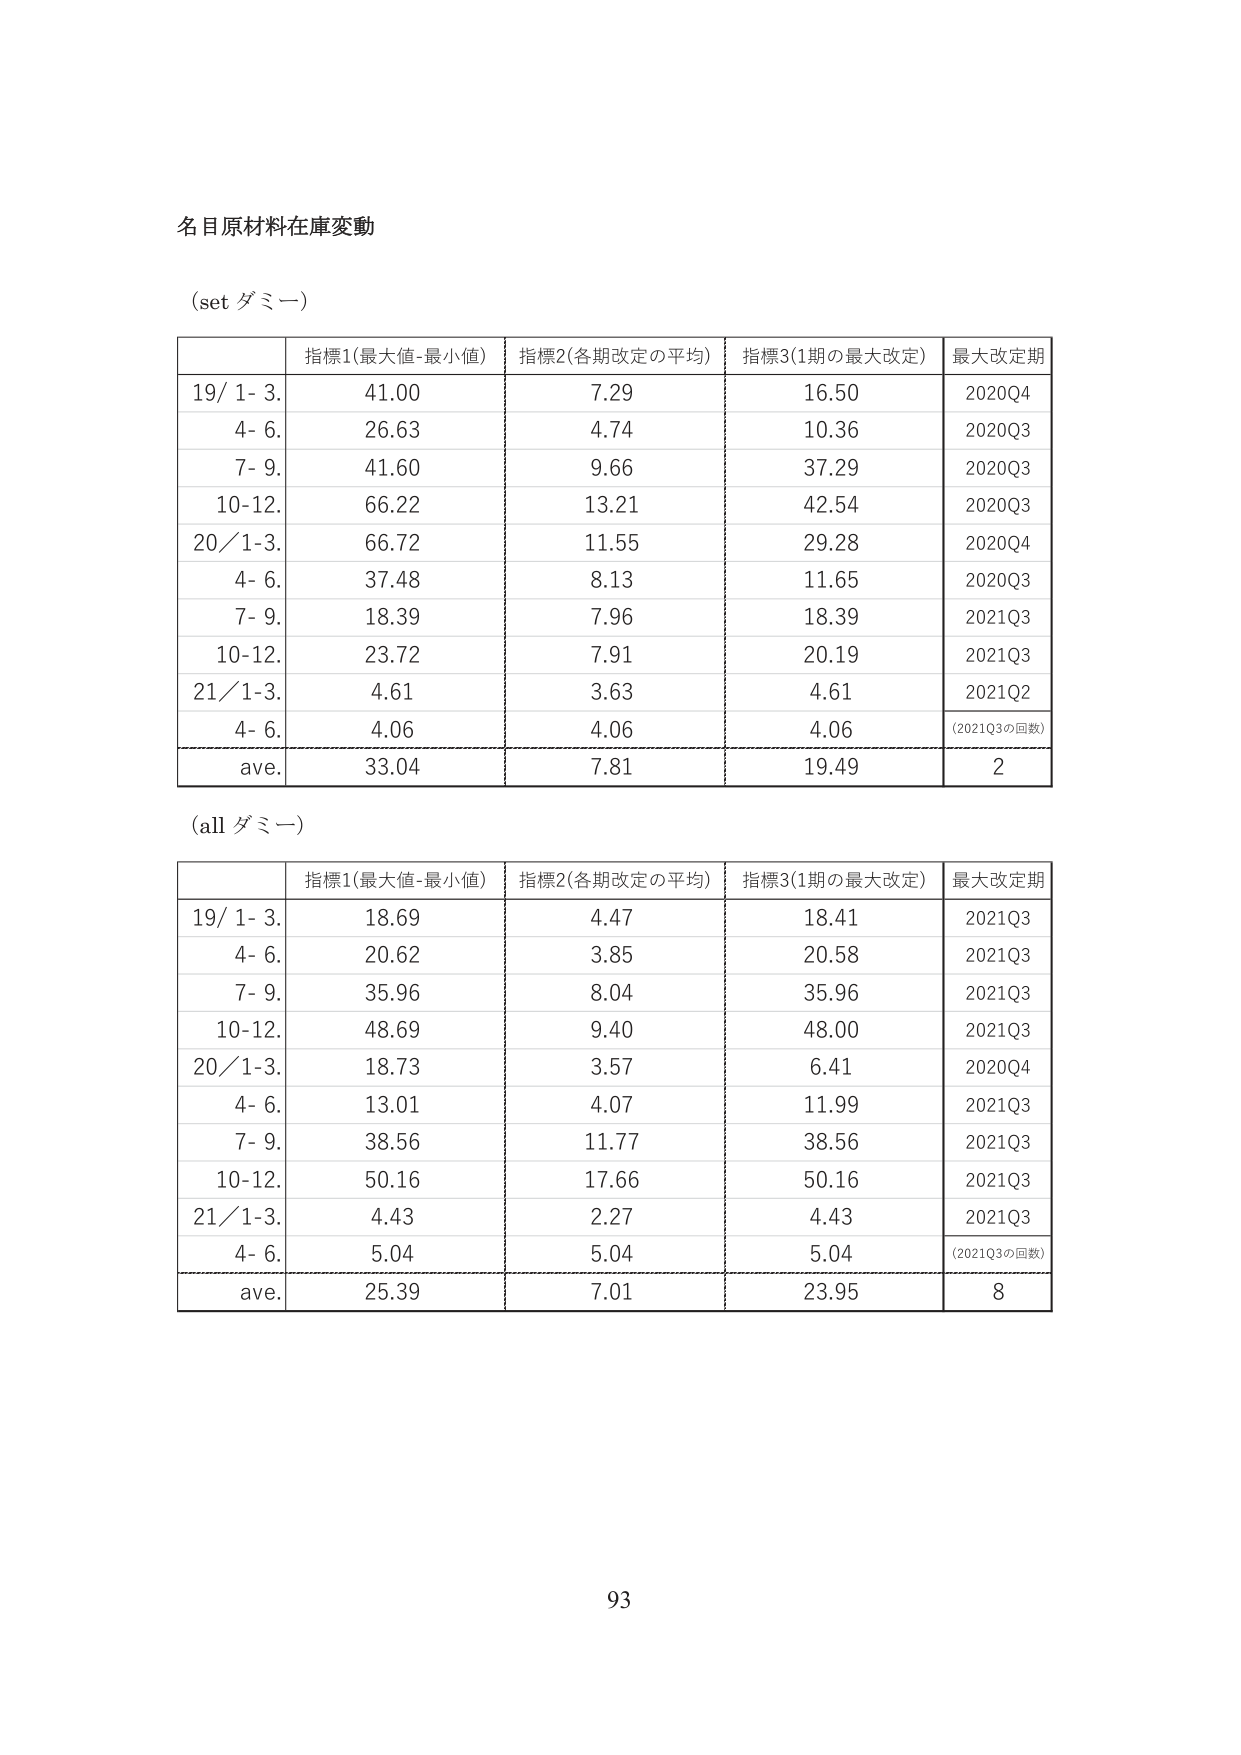
名目原材料在庫変動

(set ダミー)

| | 指標1(最大値-最小値) | 指標2(各期改定の平均) | 指標3(1期の最大改定) | 最大改定期 |
|---|---|---|---|---|
| 19/ 1- 3. | 41.00 | 7.29 | 16.50 | 2020Q4 |
| 4- 6. | 26.63 | 4.74 | 10.36 | 2020Q3 |
| 7- 9. | 41.60 | 9.66 | 37.29 | 2020Q3 |
| 10-12. | 66.22 | 13.21 | 42.54 | 2020Q3 |
| 20/ 1-3. | 66.72 | 11.55 | 29.28 | 2020Q4 |
| 4- 6. | 37.48 | 8.13 | 11.65 | 2020Q3 |
| 7- 9. | 18.39 | 7.96 | 18.39 | 2021Q3 |
| 10-12. | 23.72 | 7.91 | 20.19 | 2021Q3 |
| 21/ 1-3. | 4.61 | 3.63 | 4.61 | 2021Q2 |
| 4- 6. | 4.06 | 4.06 | 4.06 | (2021Q3の回数) |
| ave. | 33.04 | 7.81 | 19.49 | 2 |

(all ダミー)

| | 指標1(最大値-最小値) | 指標2(各期改定の平均) | 指標3(1期の最大改定) | 最大改定期 |
|---|---|---|---|---|
| 19/ 1- 3. | 18.69 | 4.47 | 18.41 | 2021Q3 |
| 4- 6. | 20.62 | 3.85 | 20.58 | 2021Q3 |
| 7- 9. | 35.96 | 8.04 | 35.96 | 2021Q3 |
| 10-12. | 48.69 | 9.40 | 48.00 | 2021Q3 |
| 20/ 1-3. | 18.73 | 3.57 | 6.41 | 2020Q4 |
| 4- 6. | 13.01 | 4.07 | 11.99 | 2021Q3 |
| 7- 9. | 38.56 | 11.77 | 38.56 | 2021Q3 |
| 10-12. | 50.16 | 17.66 | 50.16 | 2021Q3 |
| 21/ 1-3. | 4.43 | 2.27 | 4.43 | 2021Q3 |
| 4- 6. | 5.04 | 5.04 | 5.04 | (2021Q3の回数) |
| ave. | 25.39 | 7.01 | 23.95 | 8 |

93